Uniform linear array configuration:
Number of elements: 4
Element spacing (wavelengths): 1
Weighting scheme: hann
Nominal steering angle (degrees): -30
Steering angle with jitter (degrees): -31.708
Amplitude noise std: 0.05
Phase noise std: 0.05

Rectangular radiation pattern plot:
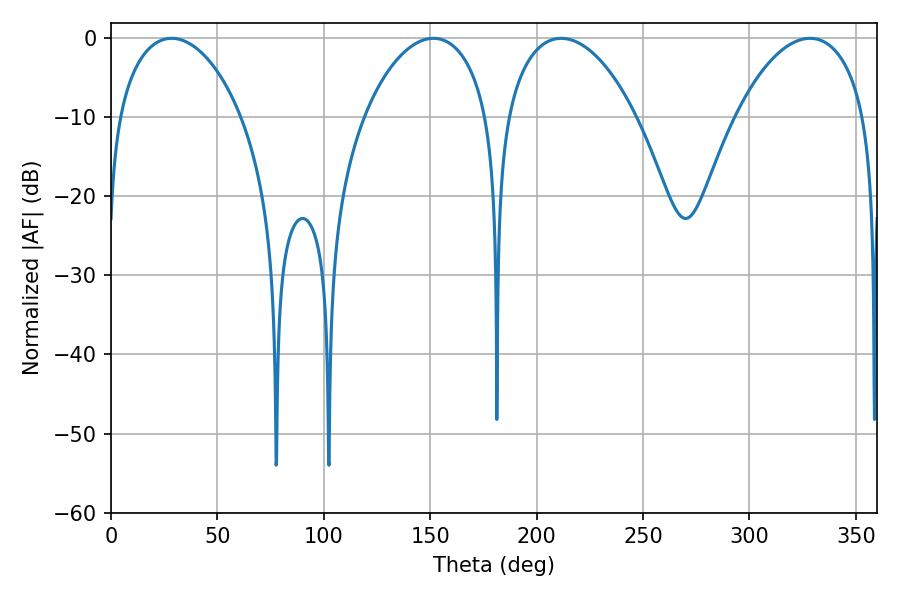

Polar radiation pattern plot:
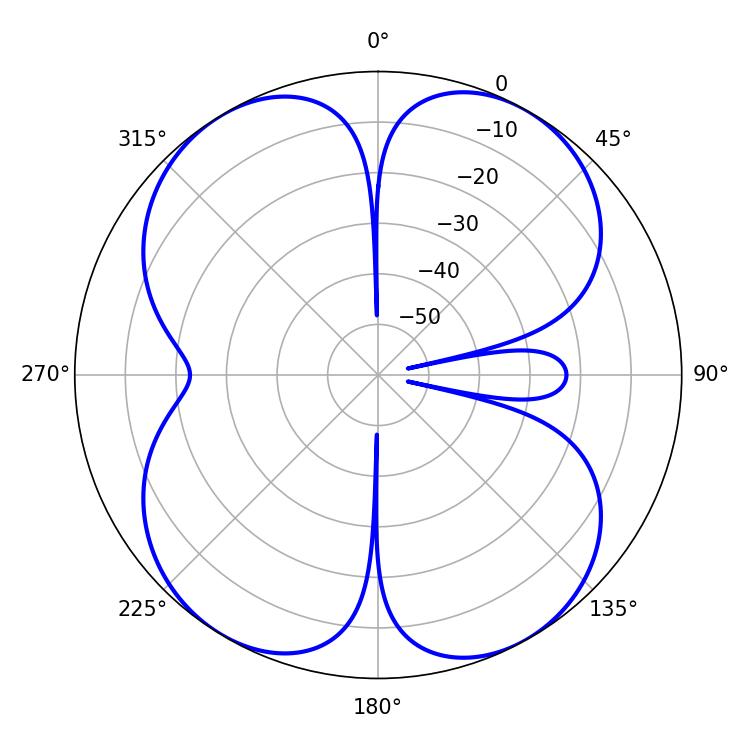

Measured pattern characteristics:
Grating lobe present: TRUE
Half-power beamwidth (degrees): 34.56
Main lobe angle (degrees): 328.5